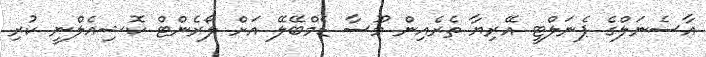
އާސެނަލްގެ ޕެނަލްޓީ އޭރިޔާ ތެރެއިން މޫސާ ޑެމްބޭލޭ އަށް ލޯރެންޓް ކޮޝިއެލްނީ ކުރި